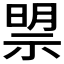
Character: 𱵗